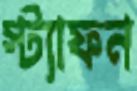
স্ট্যাফন